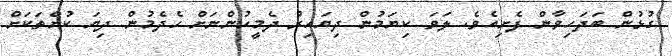
ގުޅުން ބަދަހިވާން ފެށިއެވެ. ލަވަ ކިޔަމުން ދިޔައިރު ދެމީހުންނަށް ހެދެމުން ދިޔަ ކުށްތަކަށް